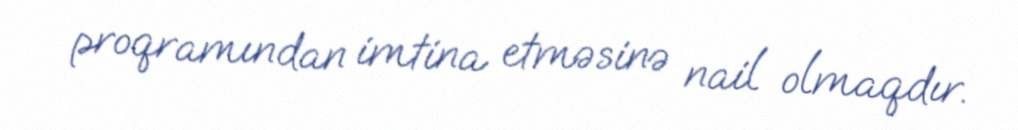
proqramından imtina etməsinə nail olmaqdır.